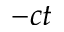
- c t